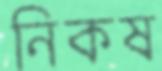
নিকষ